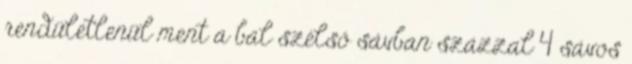
rendületlenül ment a bal szélső sávban százzal 4 sávos